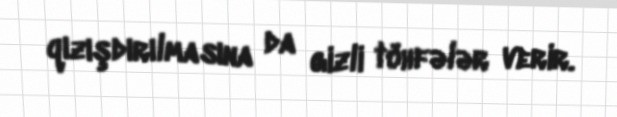
qızışdırılmasına da gizli töhfələr verir.